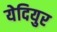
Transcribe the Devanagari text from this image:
येदियुर